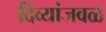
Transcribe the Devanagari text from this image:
दिव्यांजवळ